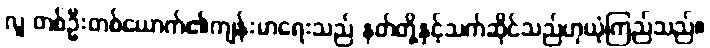
လူ တစ်ဦးတစ်ယောက်၏ကျန်းမာရေးသည် နတ်တို့နှင့်သက်ဆိုင်သည်ဟုယုံကြည်သည်။